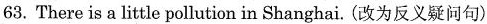
63. There is a little pollution in Shanghai. (改为反义疑问句)